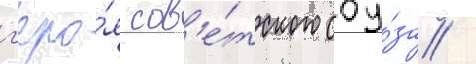
г'еро́я сов'е́тского соу́за /